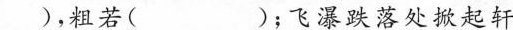
)，粗若( )；飞瀑跌落处掀起轩